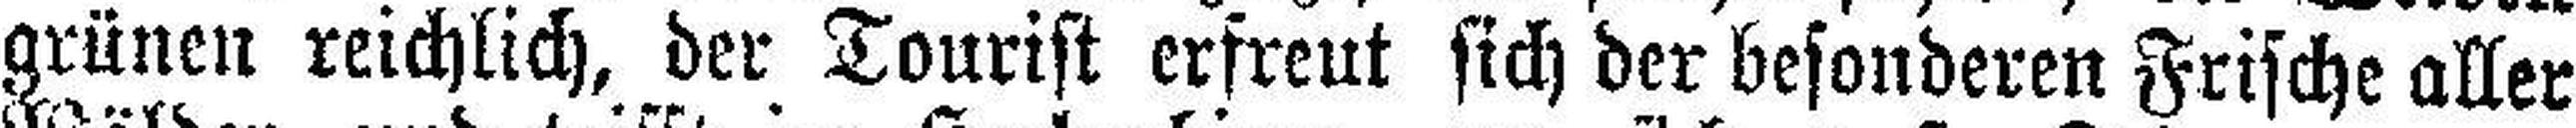
grünen reichlich, der Tourist erfreut sich der besonderen Frische aller